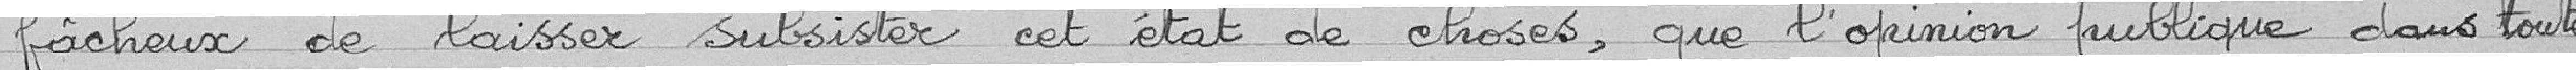
"fâcheux de laisser subsister cet état de choses, que l'opinion publique dans toute